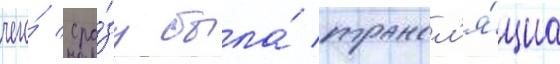
чего́ сра́зу была́ трансл'я́циа